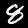
Digit: 8